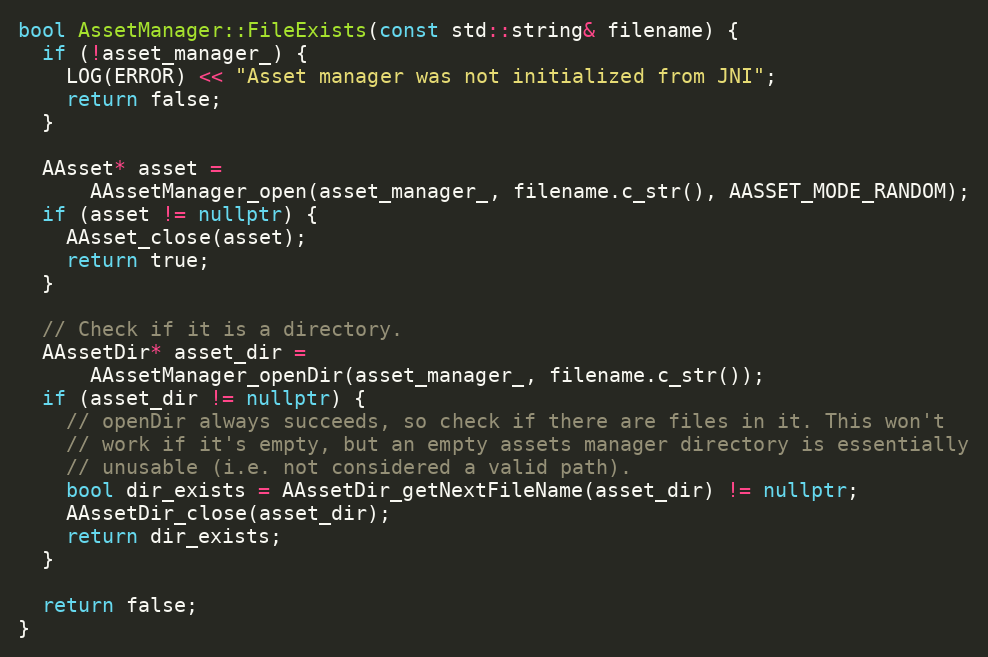
Language: C++
bool AssetManager::FileExists(const std::string& filename) {
  if (!asset_manager_) {
    LOG(ERROR) << "Asset manager was not initialized from JNI";
    return false;
  }

  AAsset* asset =
      AAssetManager_open(asset_manager_, filename.c_str(), AASSET_MODE_RANDOM);
  if (asset != nullptr) {
    AAsset_close(asset);
    return true;
  }

  // Check if it is a directory.
  AAssetDir* asset_dir =
      AAssetManager_openDir(asset_manager_, filename.c_str());
  if (asset_dir != nullptr) {
    // openDir always succeeds, so check if there are files in it. This won't
    // work if it's empty, but an empty assets manager directory is essentially
    // unusable (i.e. not considered a valid path).
    bool dir_exists = AAssetDir_getNextFileName(asset_dir) != nullptr;
    AAssetDir_close(asset_dir);
    return dir_exists;
  }

  return false;
}